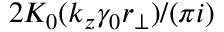
2 K _ { 0 } ( k _ { z } \gamma _ { 0 } r _ { \perp } ) / ( \pi i )